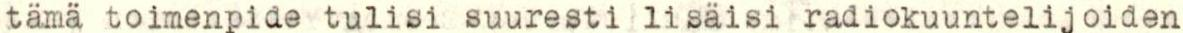
tämä toimenpide tulisi suuresti lisäisi radiokuuntelijoiden